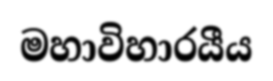
මහාවිහාරයීය